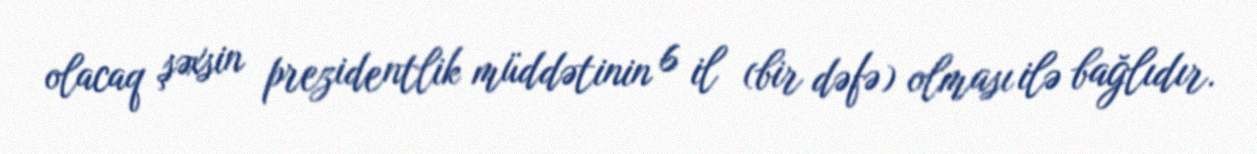
olacaq şəxsin prezidentlik müddətinin 6 il (bir dəfə) olması ilə bağlıdır.